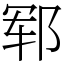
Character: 郓